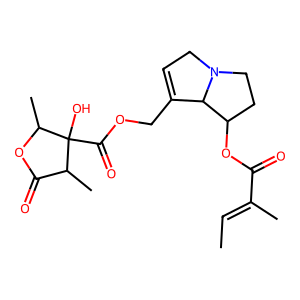
SMILES: CC=C(C)C(=O)OC1CCN2CC=C(COC(=O)C3(O)C(C)OC(=O)C3C)C12
Inhibits HIV replication: No